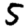
Digit: 5